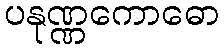
ပနုဏ္ဏကောဓော